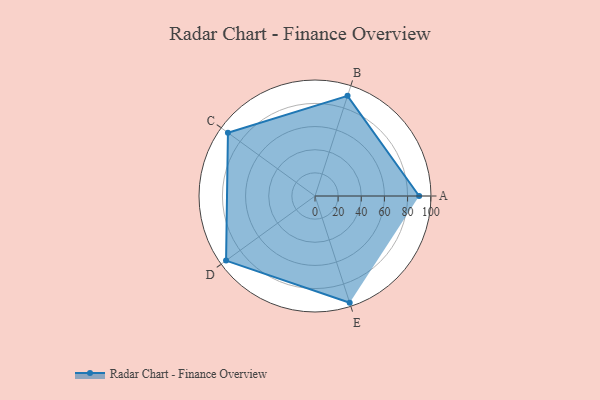
{"axis": {"x": "Skill", "y": "Score"}, "legend": ["Profile"], "data": [{"x": "A", "y": 90.0, "type": "Profile"}, {"x": "B", "y": 91.0, "type": "Profile"}, {"x": "C", "y": 93.0, "type": "Profile"}, {"x": "D", "y": 95.0, "type": "Profile"}, {"x": "E", "y": 97.0, "type": "Profile"}]}